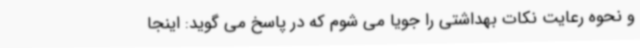
و نحوه رعایت نکات بهداشتی را جویا می شوم که در پاسخ می گوید: اینجا